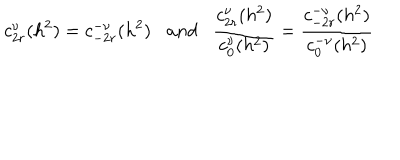
LaTeX: c _ { 2 r } ^ { \nu } ( h ^ { 2 } ) = c _ { - 2 r } ^ { - \nu } ( h ^ { 2 } ) a n d \frac { c _ { 2 r } ^ { \nu } ( h ^ { 2 } ) } { c _ { 0 } ^ { \nu } ( h ^ { 2 } ) } = \frac { c _ { - 2 r } ^ { - \nu } ( h ^ { 2 } ) } { c _ { 0 } ^ { - \nu } ( h ^ { 2 } ) }